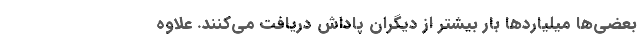
بعضی‌ها میلیاردها بار بیشتر از دیگران پاداش دریافت می‌کنند. علاوه